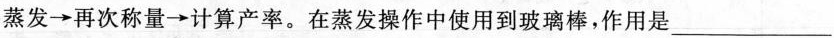
蒸发\rightarrow 再次称量\rightarrow 计算产率。在蒸发操作中使用到玻璃棒，作用是___